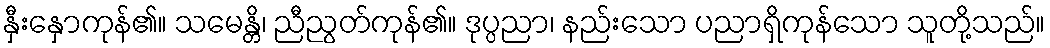
နှီးနှောကုန်၏။ သမေန္တိ၊ ညီညွတ်ကုန်၏။ ဒုပ္ပညာ၊ နည်းသော ပညာရှိကုန်သော သူတို့သည်။